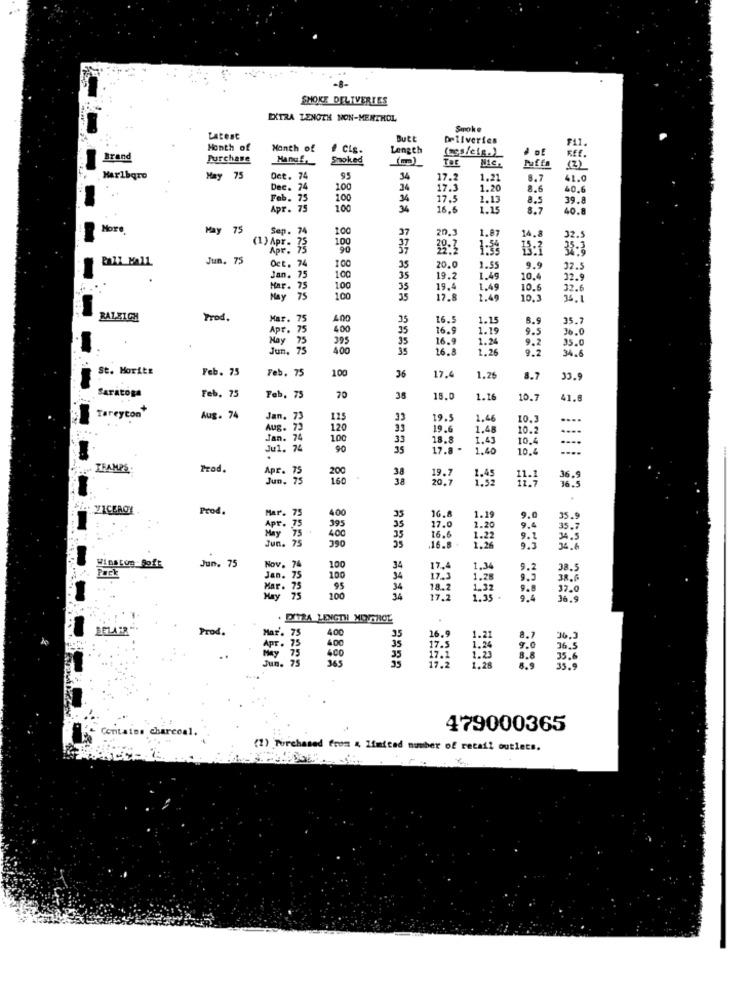
SHOKE DELIVERIES
EXTRA LENGTH NON-MENTHOL
Smoke
Latest
Butt
Deliveries
Month of
Month of
# Clg.
Length
(aes/eig.)
· DE
Brand
Purchase
Manuf.
Smoked
Nic.
Puffa
Rff.
Marlboro
Hay 75
Det. 74
95
36
17.2
1.21
8.7
41.0
Dec. 74
. 74
100
17.3
1.20
8.6
40.6
Feb. 75
100
17.5
1.1
8.5
39.
Apr. 75
100
34
16,6
1.15
8.7
o.a
More
May 75
Sep. 74
100
20.
37
1.87
14.8
32.5
(1) ApT-
1.00
38:3
Pall Mall
Jun. 75
Oct. 74
100
35
20.0
1.55
9.9
32.5
Jan. 7
100
35
19.2
1.49
10.4
32.9
Mar. 75
100
35
19.4
1.49
10.5
32.6
May
100
17.8
1.4
10.
35.1
RALEIGH
Prod.
Mar.
75
400
35
16.5
1.15
35.7
Apr. 75
400
25
16.9
1.19
36.0
May 75
395
35
16.ª
1.24
9.5
35.0
Jun.
400
35
16.8
1.26
9.2
34.6
St. Moritz
Feb. 75
Feb. 75
100
36
17.
1.26
8.7
33.9
Saratoga
Feb. 75
Feb, 75
70
38
18.0
1.16
10.7
41.8
Tareycon"
Aug. 74
Jan. 73
125
33
19.5
1,46
10.3
....
Aug. 73
120
33
19.6
1.48
10.2
....
. 74
100
33
18.8
1.43
10.4
Jul. 74
90
35
17.8 .
1.40
10.
TRAMPS
Prod.
Apr. 75
200
Jun, 75
38
19.
36.5
36.5
Prod.
400
Mar. 75
16.8
1.19
9.0
35.9
Apr . 75
395
17.0
1.20
9.4
35.7
75
400
16.6
1.26
1.22
9.1
34 .5
Jun. 75
390
.16.8.
9.5
36.6
Jun. 75
Pack
"inatus Soft
. 74
100
17.
1.36
9.2
38.5
Jan. 75
100
Mar.
18.2
12.0
100
34
17.2
1.35 .
. DUTRA LENGTH MINUSHOL
BELA "R".
Prod.
Mar'. 75
400
35
36. ]
Apr . 75
4.00
35
Jun. 7
400
1.28
arccal.
479000365
(1) Purchased from & limited number of retail outlets.